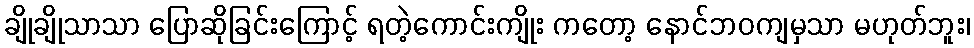
ချိုချိုသာသာ ပြောဆိုခြင်းကြောင့် ရတဲ့ကောင်းကျိုး ကတော့ နောင်ဘဝကျမှသာ မဟုတ်ဘူး၊